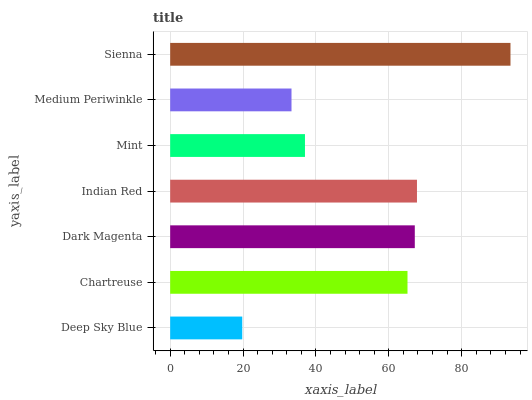
| yaxis_label | bars |
 | --- | --- |
 | Deep Sky Blue | 19.8 |
 | Chartreuse | 65.1 |
 | Dark Magenta | 67.1 |
 | Indian Red | 67.7 |
 | Mint | 37 |
 | Medium Periwinkle | 33.3 |
 | Sienna | 93.4 |